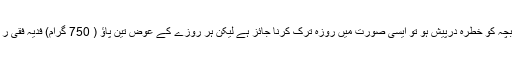
اگر روزوں کی وجہ سے دودھ خشک ہو جائے یا کم ہو جائے اور اس سے بچہ کو خطرہ درپیش ہو تو ایسی صورت میں روزہ ترک کرنا جائز ہے لیکن ہر روزے کے عوض تین پاؤ ( 750 گرام) فدیہ فقی ر کو دینا ہو گا اور عذر برطرف ہو جانے پر روزوں کی قضا کرنا پڑے گی۔